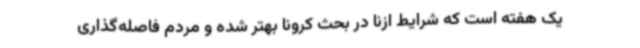
یک هفته است که شرایط ازنا در بحث کرونا بهتر شده و مردم فاصله‌گذاری